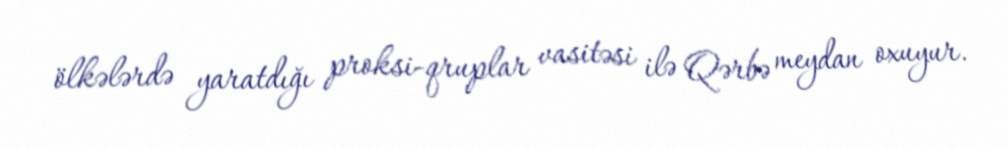
ölkələrdə yaratdığı proksi-qruplar vasitəsi ilə Qərbə meydan oxuyur.